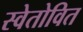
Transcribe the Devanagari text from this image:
स्वेतोवित